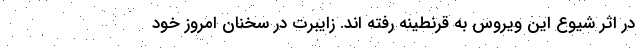
در اثر شیوع این ویروس به قرنطینه رفته اند. زایبرت در سخنان امروز خود